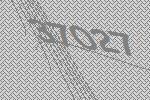
37027